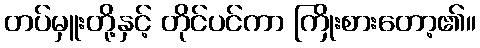
တပ်မှူးတို့နှင့် တိုင်ပင်ကာ ကြိုးစားတော့၏။